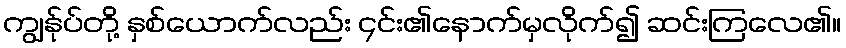
ကျွန်ုပ်တို့ နှစ်ယောက်လည်း ၄င်း၏နောက်မှလိုက်၍ ဆင်းကြလေ၏။